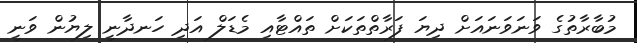
މުބާރާތުގެ ވަނަވަނައަށް ދިޔަ ފަރާތްތަކަށް ތައްޓާއި މެޑަލް އަދި ހަނދާނީ ލިޔުން ވަނީ